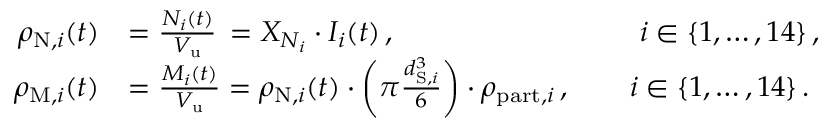
\begin{array} { r l } { \rho _ { \mathrm { N } , i } ( t ) } & { = \frac { N _ { i } ( t ) } { V _ { \mathrm { u } } } \, = X _ { N _ { i } } \cdot I _ { i } ( t ) \, , \phantom { \rho _ { \mathrm { N } , i } ( t ) \cdot \rho _ { \mathrm { p a r t } , i } \cdot } \qquad i \in \{ 1 , \dots , 1 4 \} \, , } \\ { \rho _ { \mathrm { M } , i } ( t ) } & { = \frac { M _ { i } ( t ) } { V _ { \mathrm { u } } } = \rho _ { \mathrm { N } , i } ( t ) \cdot \left( \pi \frac { d _ { \mathrm { S } , i } ^ { 3 } } { 6 } \right) \cdot \rho _ { \mathrm { p a r t } , i } \, , \qquad i \in \{ 1 , \dots , 1 4 \} \, . } \end{array}